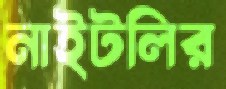
নাইটলির